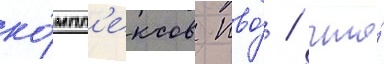
ко́мпл'ексов пво́ / что́